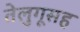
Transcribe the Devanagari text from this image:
तेलुगूसह